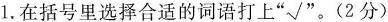
1.在括号里选择合适的词语打上“√” 。(2分)